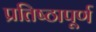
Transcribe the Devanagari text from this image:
प्रतिष्‍ठापूर्ण